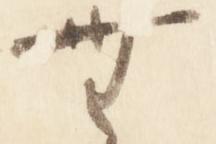
無